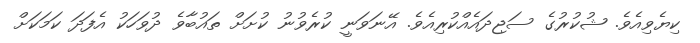
ކިޔެވިއެވެ. ޝުކުރުގެ ސަޖިދައެއްކުރިއެވެ. އޭނަވަނީ ކުރެވުނު ކުށަށް ތައުބާވެ ދުވަހަކު އެފަދަ ކަމަކަށް